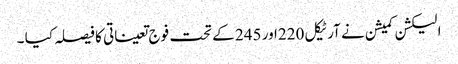
الیکشن کمیشن نے آرٹیکل 220اور 245 کے تحت فوج تعیناتی کا فیصلہ کیا ۔